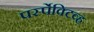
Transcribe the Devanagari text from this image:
पर्स्पेक्टिव्ह